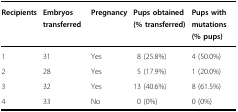
| Recipients | Embryos transferred | Pregnancy | Pups obtained (% transferred) | Pups with mutations (% pups) |
 | --- | --- | --- | --- | --- |
 | 1 | 31 | Yes | 8 (25.8%) | 4 (50.0%) |
 | 2 | 28 | Yes | 5 (17.9%) | 1 (20.0%) |
 | 3 | 32 | Yes | 13 (40.6%) | 8 (61.5%) |
 | 4 | 33 | No | 0 (0%) | 0 (0%) |